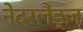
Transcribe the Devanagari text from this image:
नेदरलैंड्ज़